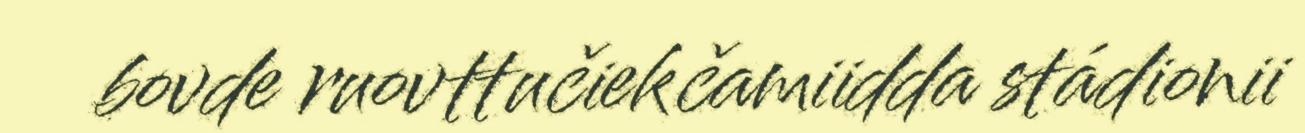
bovde ruovttučiekčamiidda stádionii